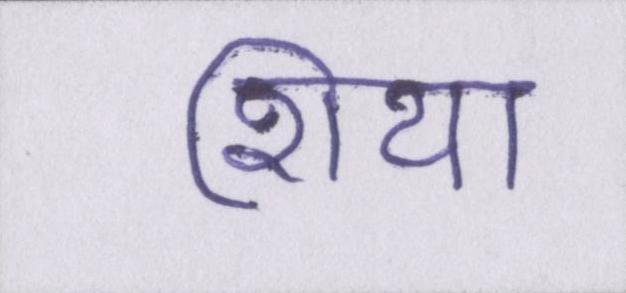
शिया